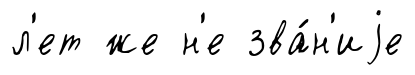
л'ет же н'е зва́н'иjе